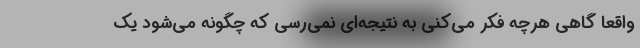
واقعا گاهی هرچه فکر می‌کنی به نتیجه‌ای نمی‌رسی که چگونه می‌شود یک